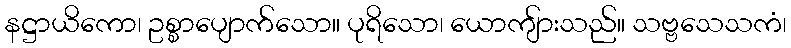
နဋ္ဌာယိကော၊ ဥစ္စာပျောက်သော။ ပုရိသော၊ ယောကျ်ားသည်။ သဗ္ဗသေသကံ၊